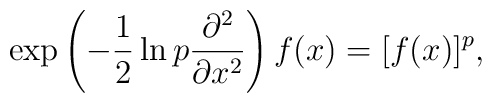
\exp\left(-\frac{1}{2}\ln p\frac{\partial^2}{\partial x^2}\right)f(x)=[f(x)]^p,